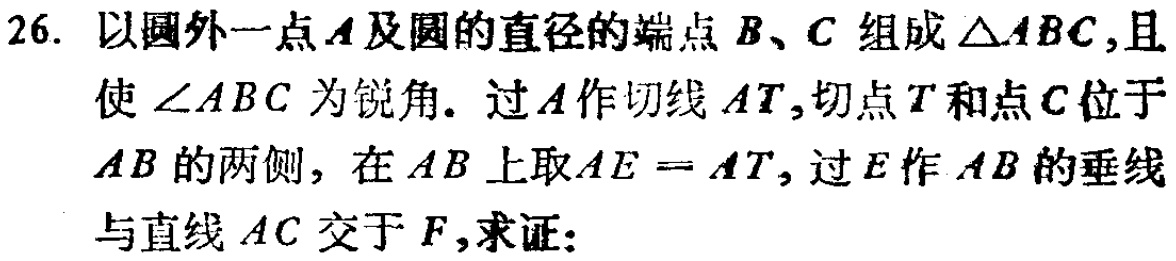
26. 以圆外一点\(A\)及圆的直径的端点\(B\)、\(C\) 组成\(\triangle ABC\)，且使\(\angle ABC\)为锐角. 过\(A\)作切线\(AT\)，切点\(T\)和点\(C\)位于\(AB\)的两侧，在\(AB\)上取\(AE = AT\)，过\(E\)作\(AB\)的垂线与直线\(AC\)交于\(F\)，求证：